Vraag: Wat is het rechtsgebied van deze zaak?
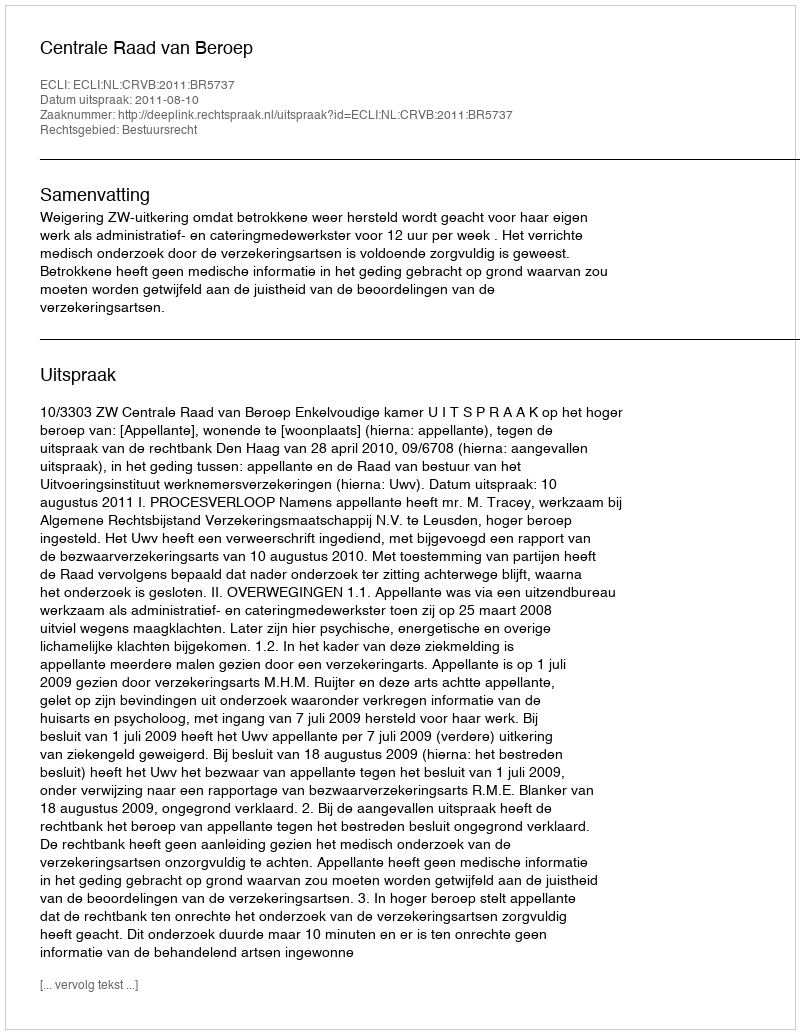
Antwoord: Bestuursrecht